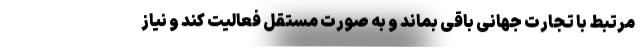
مرتبط با تجارت جهانی باقی بماند و به صورت مستقل فعالیت کند و نیاز